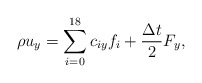
\begin{align*}\rho {u_y} = \sum\limits_{i = 0}^{18} {{c_{iy}}{f_i} + \frac{{\Delta t}}{2}{F_y}}, \end{align*}